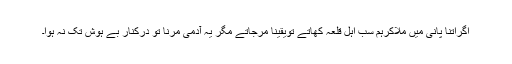
اگراتنا پانی میں ملاکرہم سب اہل قلعہ کھاتے تویقیناً مرجاتے مگر یہ آدمی مرنا تو درکنار بے ہوش تک نہ ہوا۔